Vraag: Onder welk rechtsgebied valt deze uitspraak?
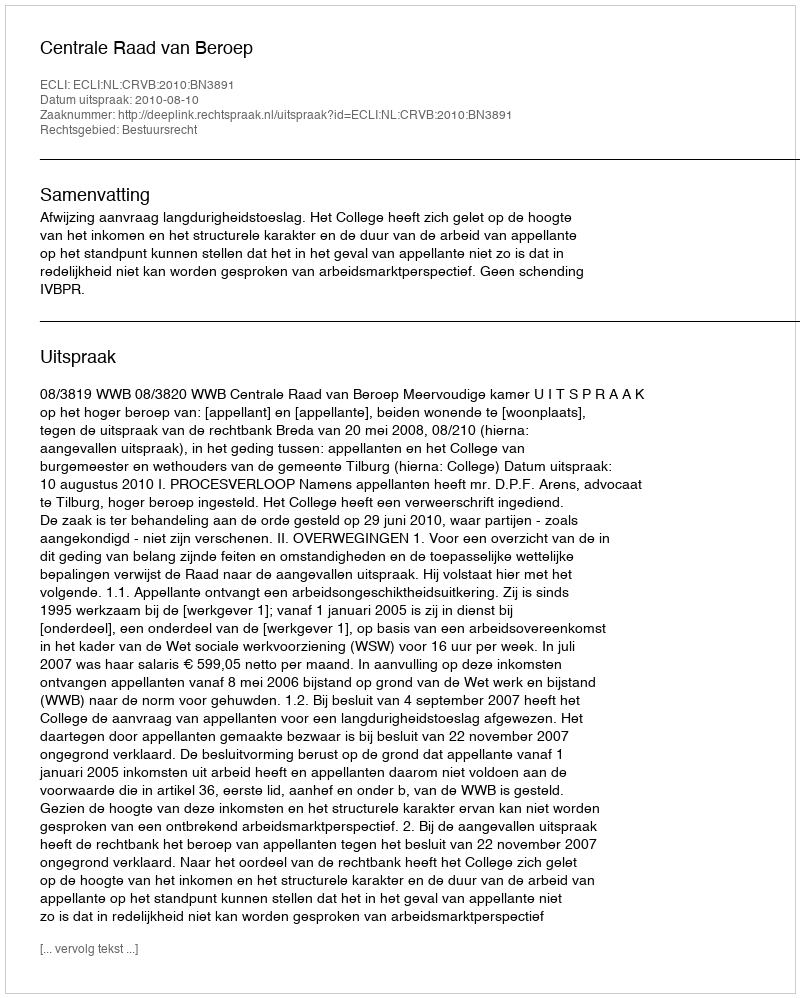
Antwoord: Bestuursrecht